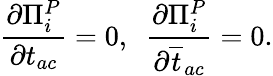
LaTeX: {\frac{\partial\Pi_{i}^{P}}{\partial t_{ac}}}=0,~~{\frac{\partial\Pi_{i}^{P}}{\partial\overline{{{t}}}_{ac}}}=0.